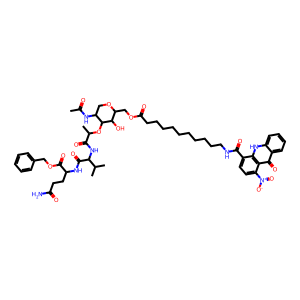
SMILES: CC(=O)NC1COC(COC(=O)CCCCCCCCCCNC(=O)c2ccc([N+](=O)[O-])c3c(=O)c4ccccc4[nH]c23)C(O)C1OC(C)C(=O)NC(C(=O)NC(CCC(N)=O)C(=O)OCc1ccccc1)C(C)C
Inhibits HIV replication: No